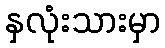
နှလုံးသားမှာ